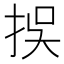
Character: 𢫸